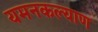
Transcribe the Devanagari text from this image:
यमनकल्याण